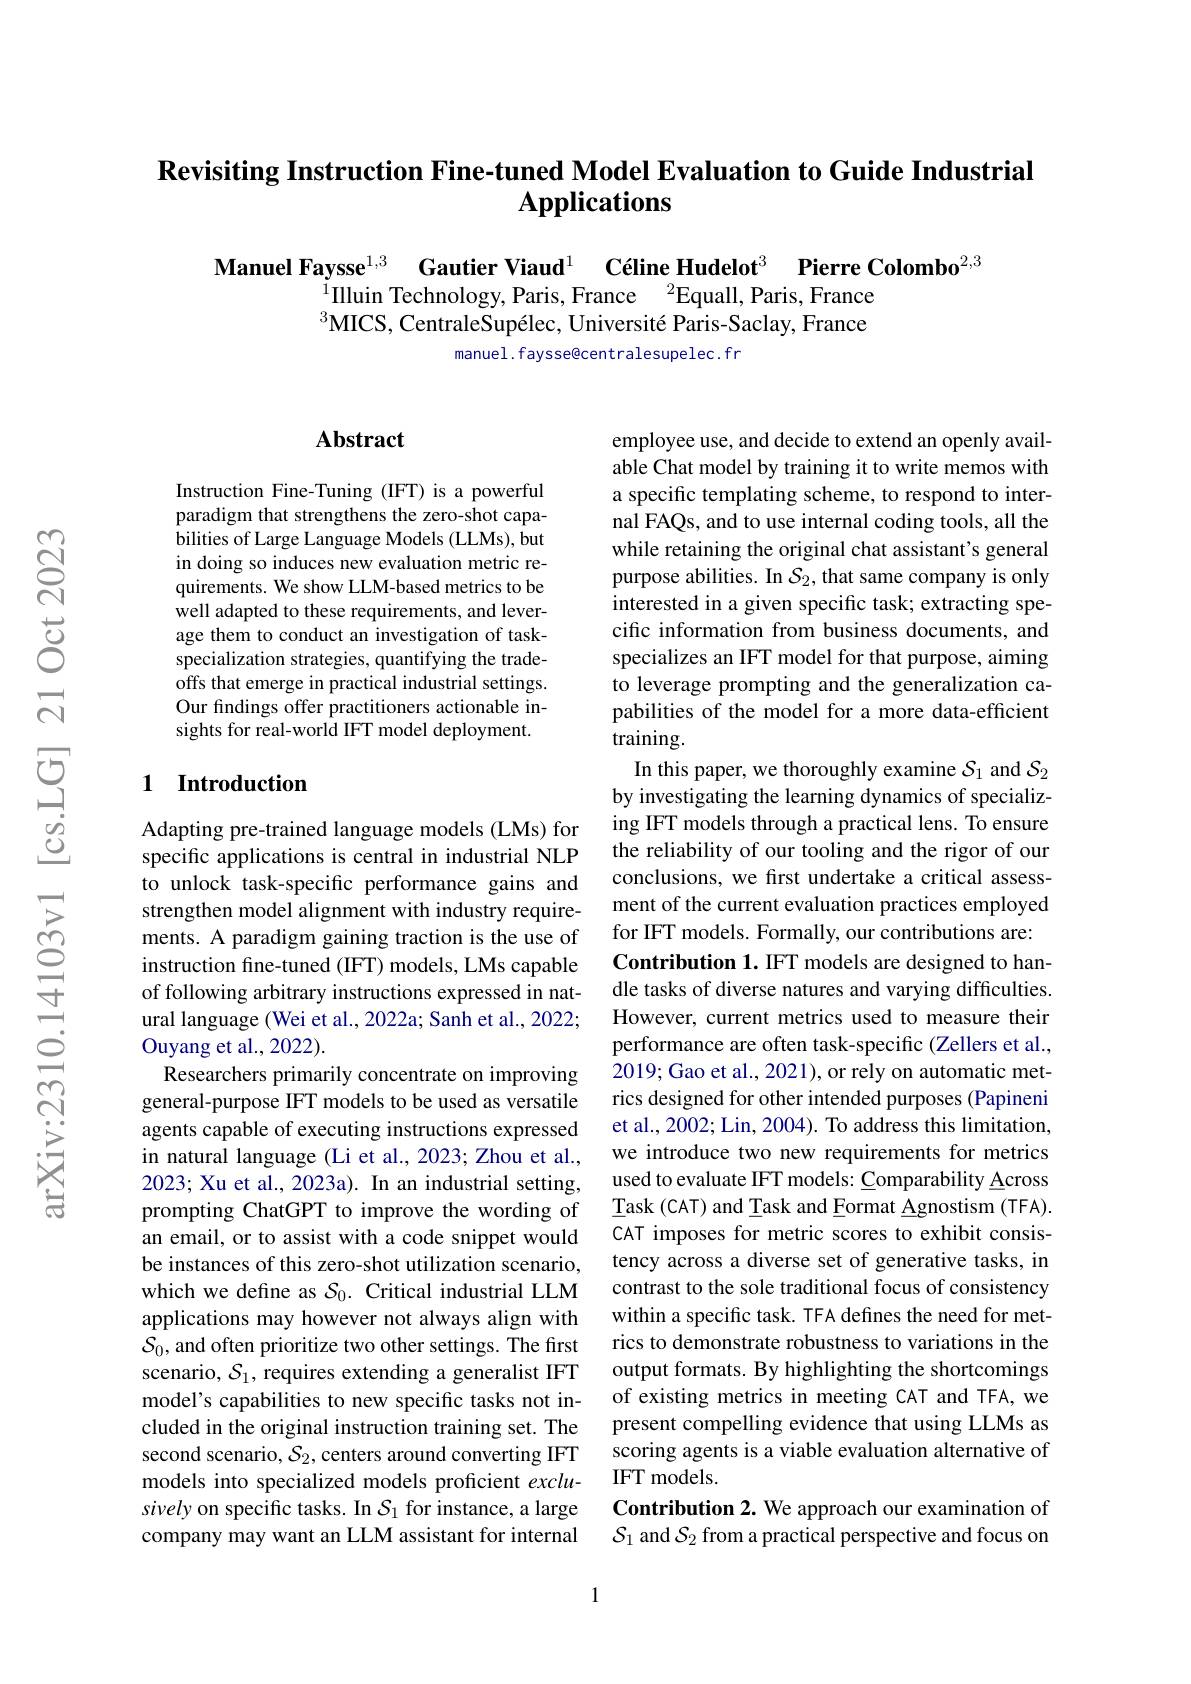
### $\textbf{Revisiting Instruction Fine- tuned Model Evaluation to Guide Industrial}$ $\mathbf{Applications}$

Manuel Faysse$^{1,3}$ Gautier Viaud$^1\textbf{C\'{e}lineHudelot}^3$ Pierre Colombo$^2,3$
$^{1}$Illuin Technology, Paris, France$^{2}$Equall, Paris, France $^3$MICS, CentraleSupélec, Université Paris-Saclay, France
manuel. faysse@centralesupelec. fr

### Abstract

Instruction Fine-Tuning (IFT) is a powerful paradigm that strengthens the zero-shot capabilities of Large Language Models (LLMs), but in doing so induces new evaluation metric requirements. We show LLM-based metrics to be well adapted to these requirements, and leverage them to conduct an investigation of taskspecialization strategies, quantifying the tradeoffs that emerge in practical industrial settings. Our findings offer practitioners actionable insights for real-world IFT model deployment.

## 1 Introduction

Adapting pre-trained language models (LMs) for specific applications is central in industrial NLP to unlock task-specific performance gains and strengthen model alignment with industry requirements. A paradigm gaining traction is the use of instruction fine-tuned (IFT) models, LMs capable of following arbitrary instructions expressed in natural language (Wei et al., 2022a; Sanh et al., 2022; Ouyang et al., 2022).
Researchers primarily concentrate on improving general-purpose IFT models to be used as versatile agents capable of executing instructions expressed in natural language (Li et al., 2023; Zhou et al., 2023; Xu et al., 2023a). In an industrial setting, prompting ChatGPT to improve the wording of an email, or to assist with a code snippet would be instances of this zero-shot utilization scenario, which we define as $S_0.$ Critical industrial LLM applications may however not always align with $\mathcal{S}_0$, and often prioritize two other settings. The first scenario, $\mathcal{S}_1$, requires extending a generalist IFT model's capabilities to new specific tasks not included in the original instruction training set. The second scenario, $S_2$, centers around converting IFT models into specialized models proficient $exclu-$ sively on specific tasks. In $\mathcal{S}_1$ for instance, a large company may want an LLM assistant for internal

1

employee use, and decide to extend an openly available Chat model by training it to write memos with a specific templating scheme, to respond to internal FAQs, and to use internal coding tools, all the while retaining the original chat assistant's general purpose abilities. In $\mathcal{S}_2$, that same company is only interested in a given specific task; extracting specific information from business documents, and specializes an IFT model for that purpose, aiming to leverage prompting and the generalization capabilities of the model for a more data-efficient $training.$
In this paper, we thoroughly examine $\mathcal{S}_1$ and $\mathcal{S}_2$ by investigating the learning dynamics of specializing IFT models through a practical lens. To ensure the reliability of our tooling and the rigor of our conclusions, we first undertake a critical assessment of the current evaluation practices employed for IFT models. Formally, our contributions are: Contribution 1. IFT models are designed to handle tasks of diverse natures and varying difficulties. However, current metrics used to measure their performance are often task-specific (Zellers et al., 2019; Gao et al., 2021), or rely on automatic metrics designed for other intended purposes (Papineni et al., 2002; Lin, 2004). To address this limitation, we introduce two new requirements for metrics used to evaluate IFT models: Comparability Across Task (CAT) and Task and Eormat Agnostism (TFA). CAT imposes for metric scores to exhibit consistency across a diverse set of generative tasks, in contrast to the sole traditional focus of consistency within a specific task. TFA defines the need for metrics to demonstrate robustness to variations in the output formats. By highlighting the shortcomings of existing metrics in meeting CAT and TFA, we present compelling evidence that using LLMs as scoring agents is a viable evaluation alternative of IFT models.
Contribution 2. We approach our examination of $\mathcal{S}_1$ and $\mathcal{S}_2$ from a practical perspective and focus on